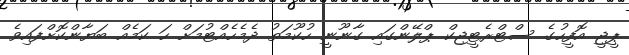
ޕީޖީ އޮފީހުގެ ސްޓްރެޓީޖިކް ޕްލޭންގައި ގާނޫނީ ހުކޫމަތު ދެމެހެއްޓުމަށް ހަ ކަމެއް ބަޔާންކޮށްފައިވެ